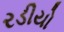
રડીયો